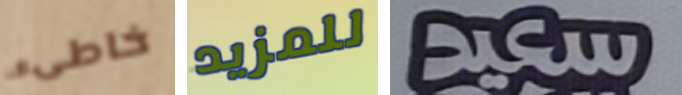
خاطىء للمزيد سعيد